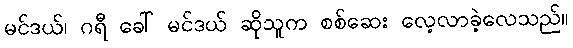
မင်ဒယ်၊ ဂရီ ခေါ် မင်ဒယ် ဆိုသူက စစ်ဆေး လေ့လာခဲ့လေသည်။